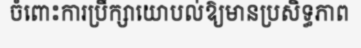
ចំពោះការប្រឹក្សាយោបល់ឱ្យមានប្រសិទ្ធភាព